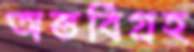
অন্তর্বিগ্রহ